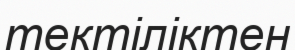
тектіліктен